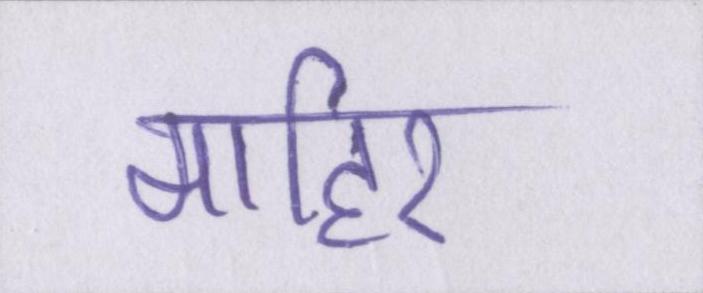
माहिर